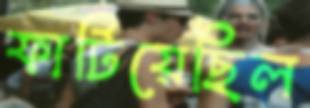
ফাটিয়েছিল